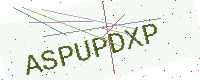
Text: ASPUPDXP